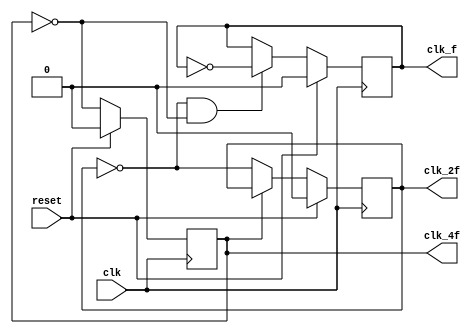
`timescale 1ns/1ps

module genClock(input clk,
		input 	   reset,
		output reg clk_f,
		output reg clk_2f,
		output reg clk_4f
		);

  always @ (posedge clk) begin
    if (reset==1) begin        
      clk_f <= 1'h0; //reseteando clk
      clk_2f <= 1'h0; //reseteando clk
      clk_4f <= 1'h0; //reseteando clk           
    end else begin         //cambia de alto a bajo o de bajo a alto    
       clk_4f <= ~clk_4f;               
       if (~clk_4f) begin
          clk_2f <= ~clk_2f;
       end
       if (~clk_2f & ~clk_4f) begin 
            clk_f <= ~clk_f;
       end
    end // else: !if(reset==1)
  end // always @ (posedge clk)
   
endmodule // genClock